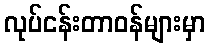
လုပ်ငန်းတာဝန်များမှာ